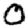
Digit: 0